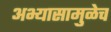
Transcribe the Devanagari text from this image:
अभ्यासामुळेच